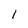
Character: 1